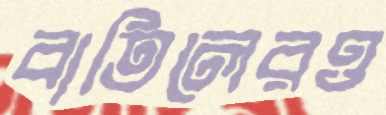
বাতিলেরও